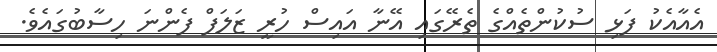
އެއާއެކު ފަޅި ސުކުންތެއްގެ ތެރޭގައި އޭނާ އައިސް ހުރީ ޒަލަފް ފެންނަ ހިސާބުގައެވެ.